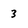
Character: 3